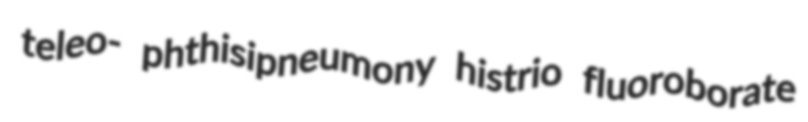
teleo- phthisipneumony histrio fluoroborate